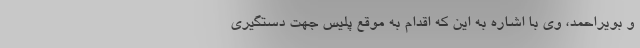
و بویراحمد، وی با اشاره به این که اقدام به موقع پلیس جهت دستگیری